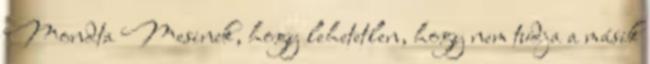
Mondta Mesinek, hogy lehetetlen, hogy nem tudja a másik